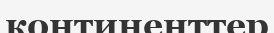
континенттер